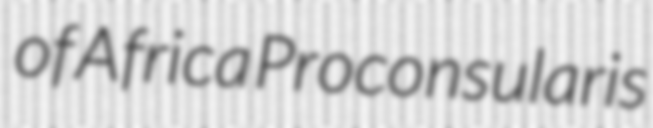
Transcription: of Africa Proconsularis